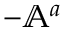
- \mathbb { A } ^ { a }